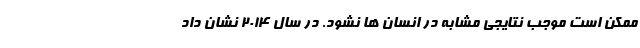
ممکن است موجب نتایجی مشابه در انسان ها نشود. در سال 2014 نشان داد